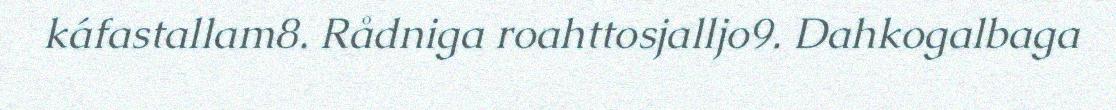
káfastallam8. Rådniga roahttosjalljo9. Dahkogalbaga